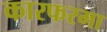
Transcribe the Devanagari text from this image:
कारफरमा